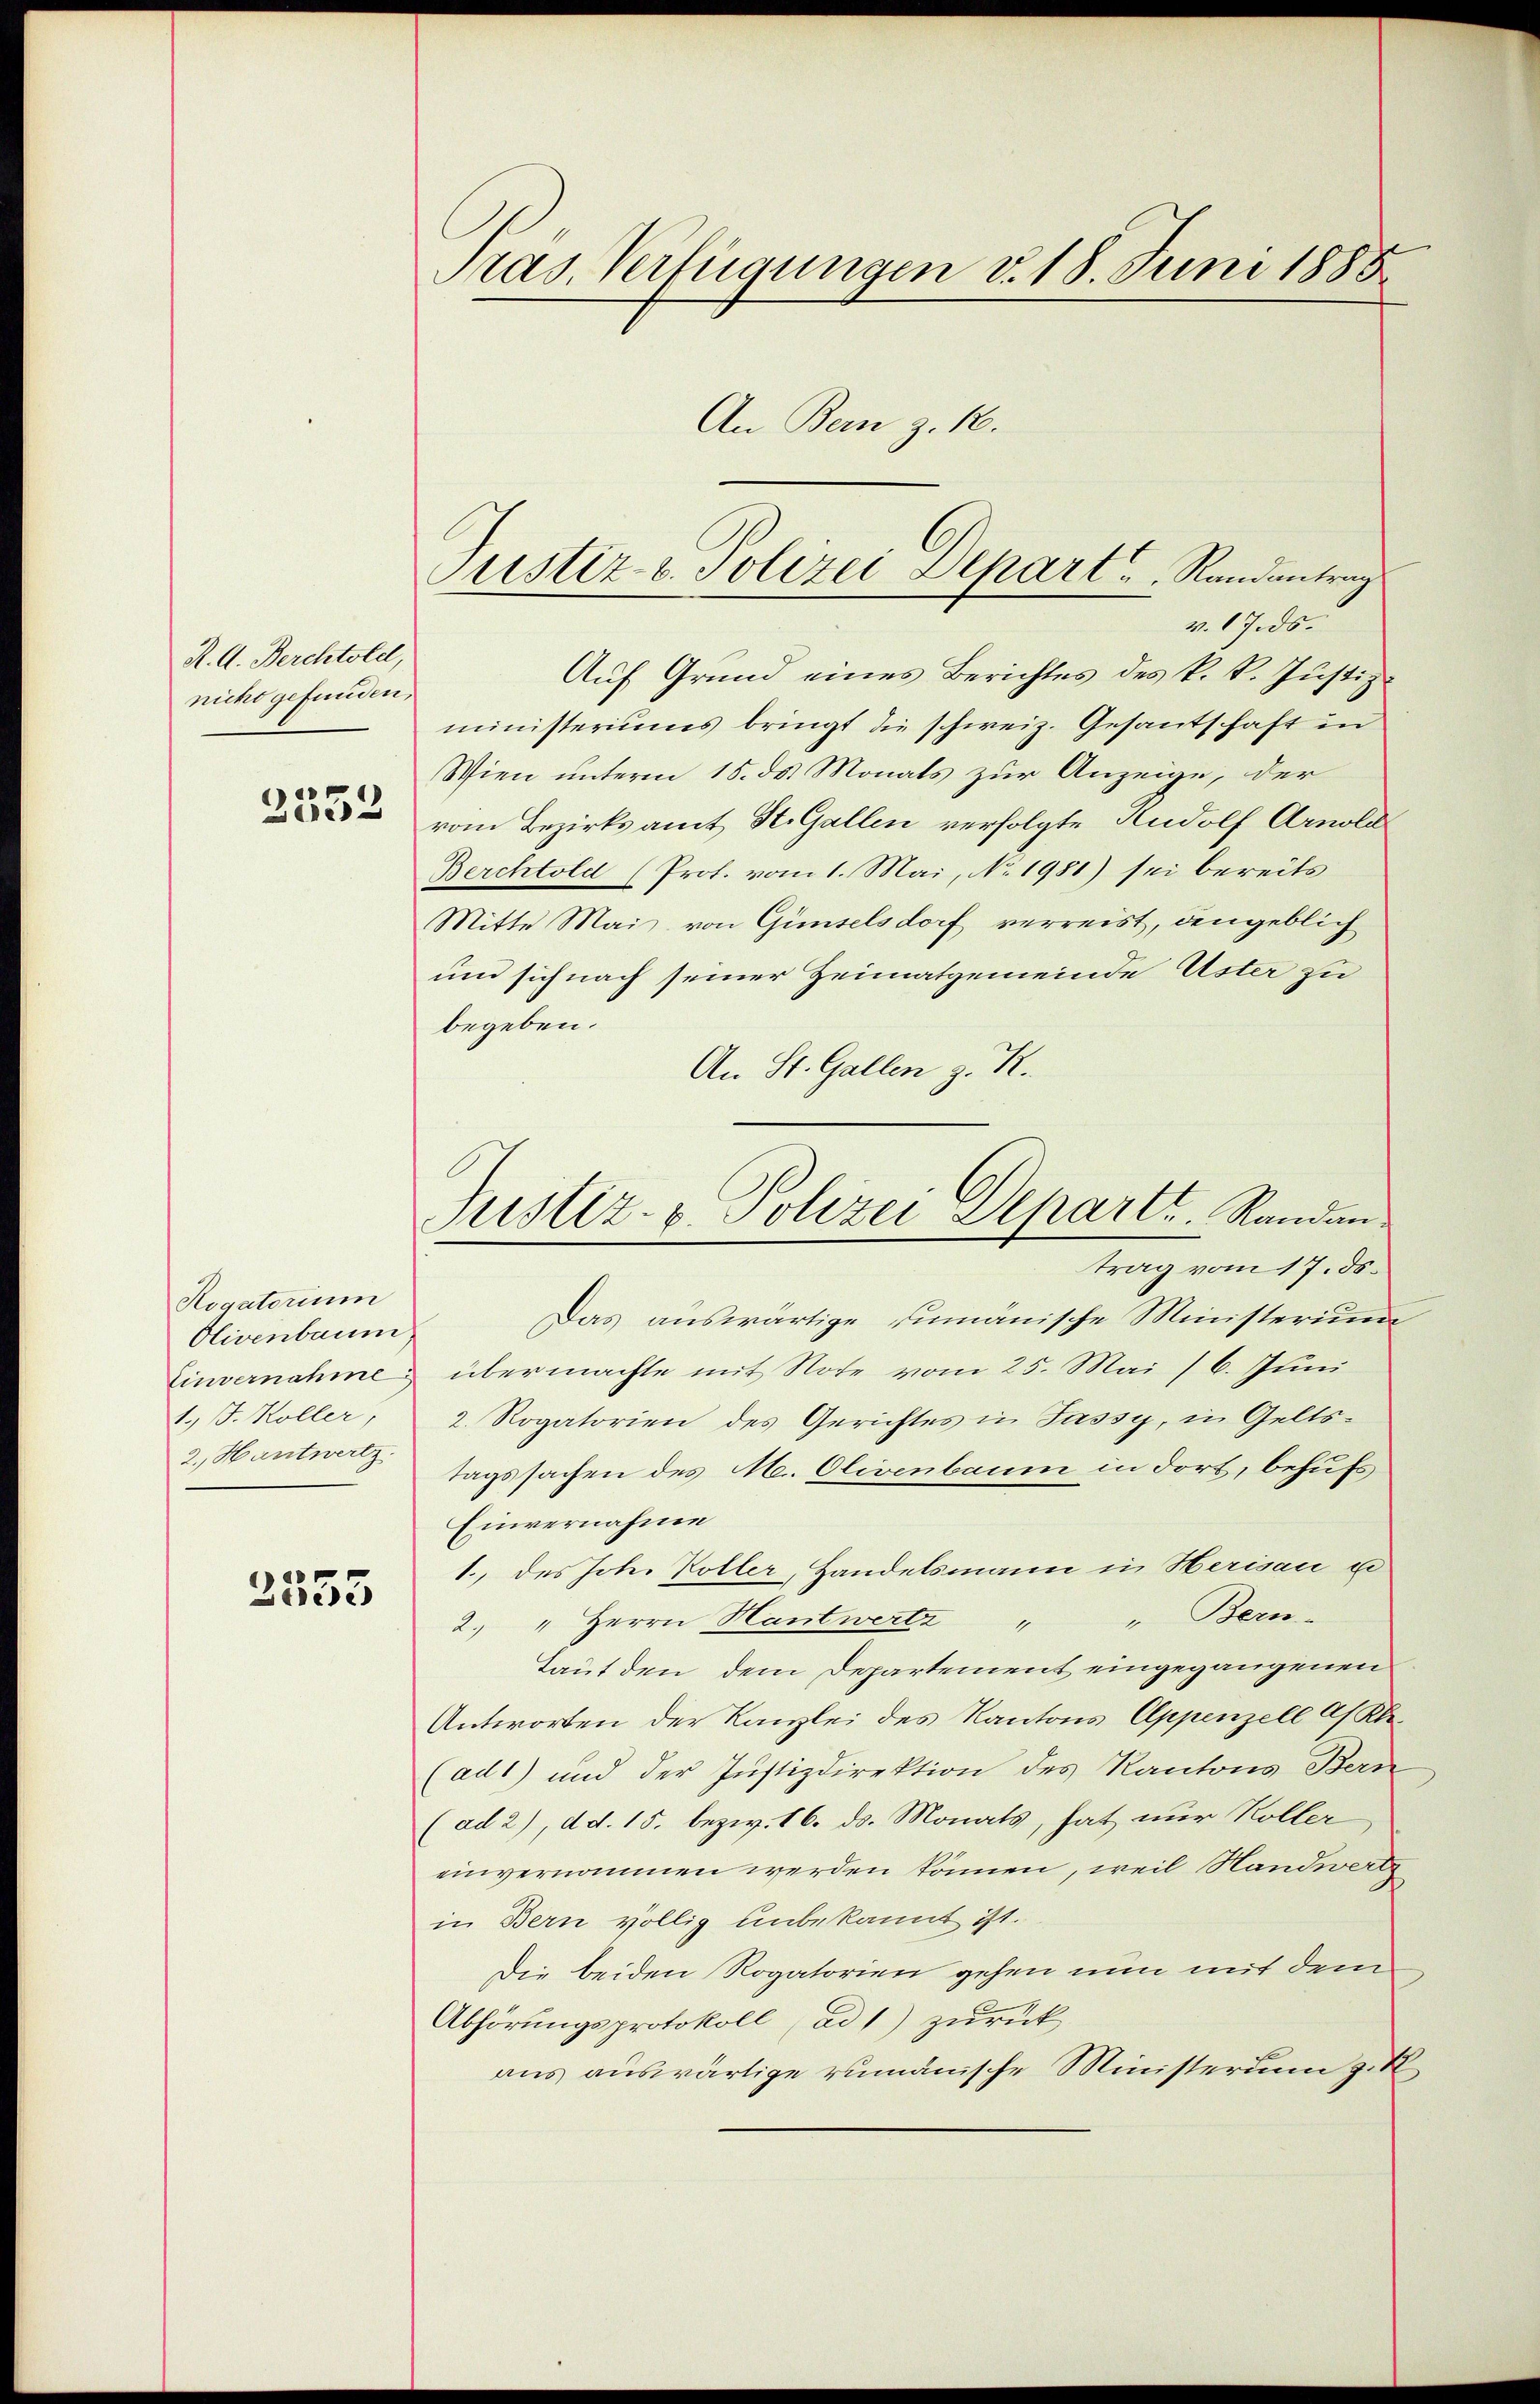
R. G. Berchtold,
nicht gefunden,
2332

Rogatorium
Olivenbaum
Einvernahme
1.) J. Koller,
2. Hantwertz.

2533

Präs. Verfügungen v. 18. Juni 1885
An Bern z. B.

Auf Grund eines Berichtes des k. k. Justiz
ministeriums bringt die schweiz. Gesantschaft in
Wien unterm 15. ds. Monats zur Anzeige, der
vom Bezirksamt St. Gallen verfolgte Rudolf Arnold
Berchtold (Prof. vom 1. Mai, No. 1981) sei bereits
Mitte Mais von Günselsdorf verreist, dengeblich
un sich nach seiner Heimatgemeinde Uster zu
begeben.
An St. Gallen z. R.
Das auswärtige rumänische Ministerium
übermachte mit Note vom 25. Mai /6. Juni
2. Rogatorien des Gerichtes in Jassy, in Gelts-
tagssachen des M. Olivenbaum in dort, behufs
Einvernahme
1., des Joh. Voller, Handelsmann in Herisau un
" Bern.
2. " Herrn Hantwertz "
Laut den dem Departement eingegangenen
Antworten der Kanzlei des Kantons Appenzell Af Kle¬
(ad1) und der Justizdirektion des Kantons Bern
(ad 2), d. d. 15. bezw. 16. ds. Monats, hat nur Koller
einvernommen werden können, weil Handwerte
in Bern völlig unbekannt ist.
Die beiden Rogatorien gehen nun mit dem
Abhörungsprotokoll (ad 1) zurück
aus auswärtige rumänische Ministerium zu

Justiz- u. Polizei Depart Randantrag
v. 17. ds.

Justiz- & Polizei Departe. Randan
trag vom 17. ds.